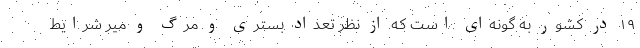
۱۹ در کشور به گونه‌ای است که از نظر تعداد بستری و مرگ و میر شرایط